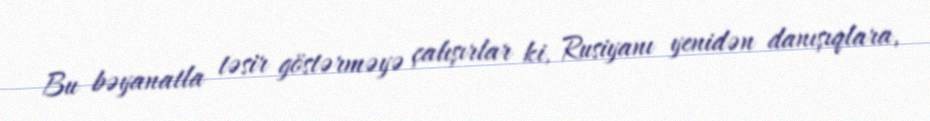
Bu bəyanatla təsir göstərməyə çalışırlar ki, Rusiyanı yenidən danışıqlara,